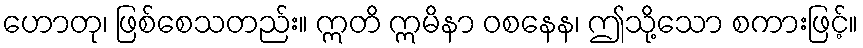
ဟောတု၊ ဖြစ်စေသတည်း။ ဣတိ ဣမိနာ ဝစနေန၊ ဤသို့သော စကားဖြင့်။